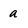
Character: a